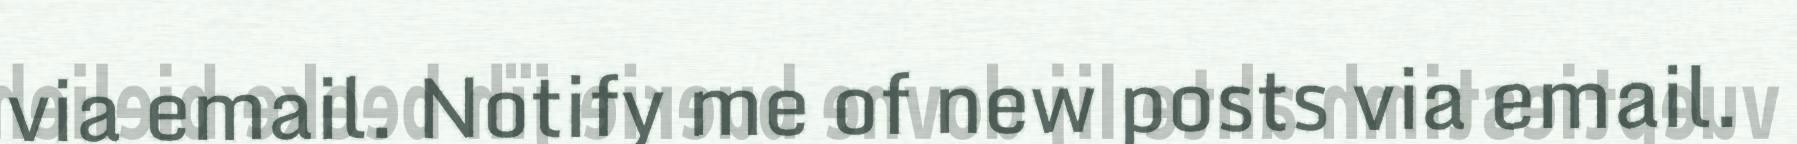
via email. Notify me of new posts via email.